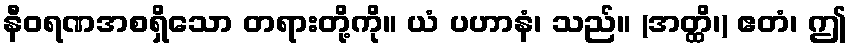
နီဝရဏအစရှိသော တရားတို့ကို။ ယံ ပဟာနံ၊ သည်။ (အတ္ထိ၊) ဧတံ၊ ဤ